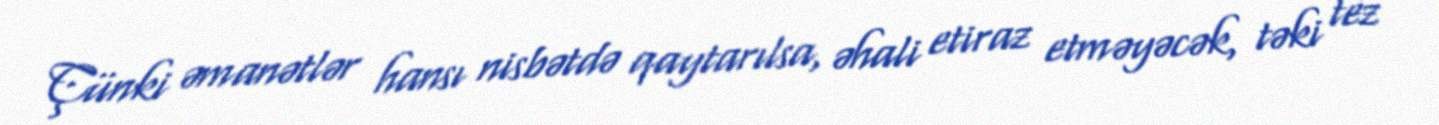
Çünki əmanətlər hansı nisbətdə qaytarılsa, əhali etiraz etməyəcək, təki tez